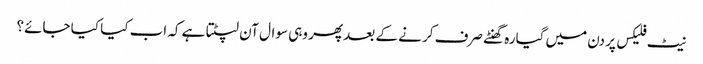
نیٹ فلیکس پر دن میں گیارہ گھنٹے صرف کر نے کے بعد پھر وہی سوال آن لپٹتا ہے کہ اب کیا کیا جائے؟